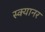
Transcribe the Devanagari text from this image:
स्क्यानर